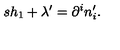
s h _ { 1 } + \lambda ^ { \prime } = \partial ^ { i } n _ { i } ^ { \prime } .